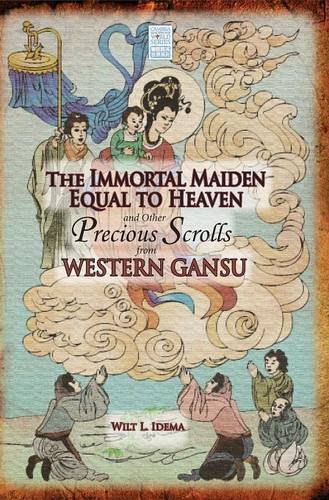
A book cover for The Immortal Maiden Equal to Heaven and Other Precious Scrolls from Western Gansu; Wilt L. Idema; Literature & Fiction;